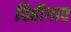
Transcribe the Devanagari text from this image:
विहीगाव